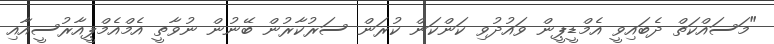
"މަސައްކަތް ދެބައިވީ އެމްޑީޕީން ވައުދުވި ކަންކަން ކުރަން ސަރުކާރުން ބޭނުން ނުވާތީ އެމްއެމްޕީއާރުސީއާއި